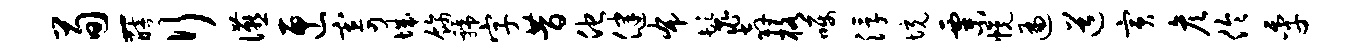
荀-醅行宴匣寄城饰虢字昔他健布鬣奔格嘱浮境粟幌遍道寅彦伶季